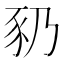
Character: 𬤻